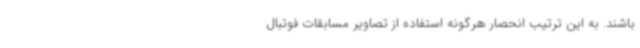
باشند. به این ترتیب انحصار هرگونه استفاده از تصاویر مسابقات فوتبال